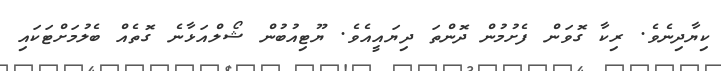
ކިޔާދިނެވެ. ރިކާ ގޮވަން ފެށުމުން ދޮންތަ ދިޔައީއެވެ. ޔޫޓިއުބުން ޝޯލްއަޅާނެ ގޮތެއް ބެލުމަށްޓަކައި